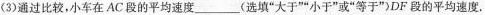
(3)通过比较，小车在AC段的平均速度___(选填“大于”“小于”或“等于”)DF段的平均速度.